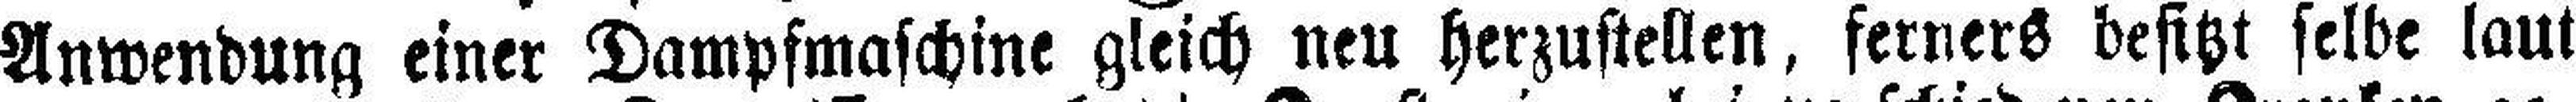
Anwendung einer Dampfmaschine gleich neu herzustellen, ferners besitzt selbe laut